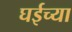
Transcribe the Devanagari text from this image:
घईच्या